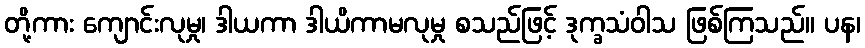
တို့ကား ကျောင်းလုမှု၊ ဒါယကာ ဒါယိကာမလုမှု စသည်ဖြင့် ဒုက္ခသံဝါသ ဖြစ်ကြသည်။ ပန၊